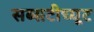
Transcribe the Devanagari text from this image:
सब्सटीच्यूट